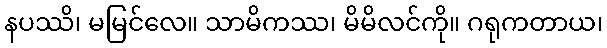
နပဿိ၊ မမြင်လေ။ သာမိကဿ၊ မိမိလင်ကို။ ဂရုကတာယ၊